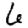
Digit: 6